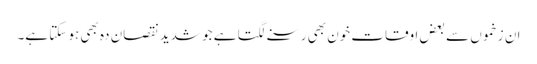
ان زخموں سے بعض اوقات خون بھی رسنے لگتا ہے جو شدید نقصان دہ بھی ہو سکتا ہے۔